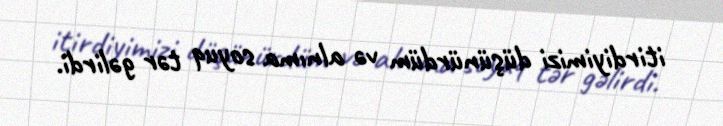
itirdiyimizi düşünürdüm və alnıma soyuq tər gəlirdi.